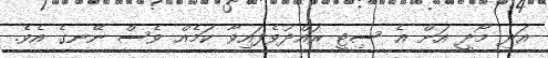
އަދި މޯދީ އަށް އެ ސިޓީ ރައްދުވެފައިވާ ކަމެއް ވެސް ނޭނގެ އެވެ.